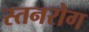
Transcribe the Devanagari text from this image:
स्तनरोग